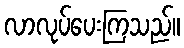
လာလုပ်ပေးကြသည်။